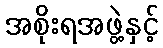
အစိုးရအဖွဲ့နှင့်